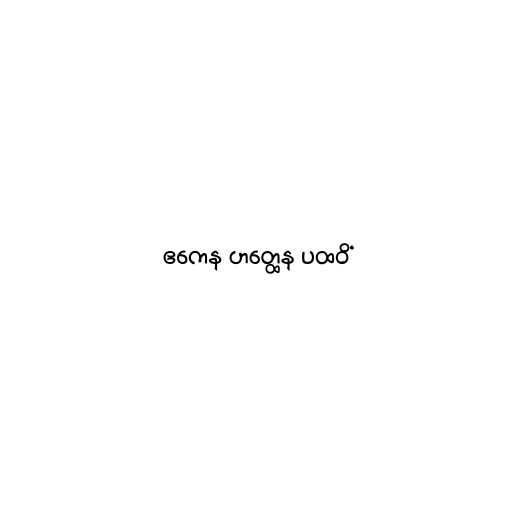
ဧကေန ဟတ္ထေန ပထဝိံ